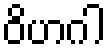
ဝိဟဂါ